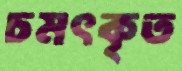
চমৎকৃত